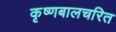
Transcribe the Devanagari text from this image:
कृष्णबालचरित